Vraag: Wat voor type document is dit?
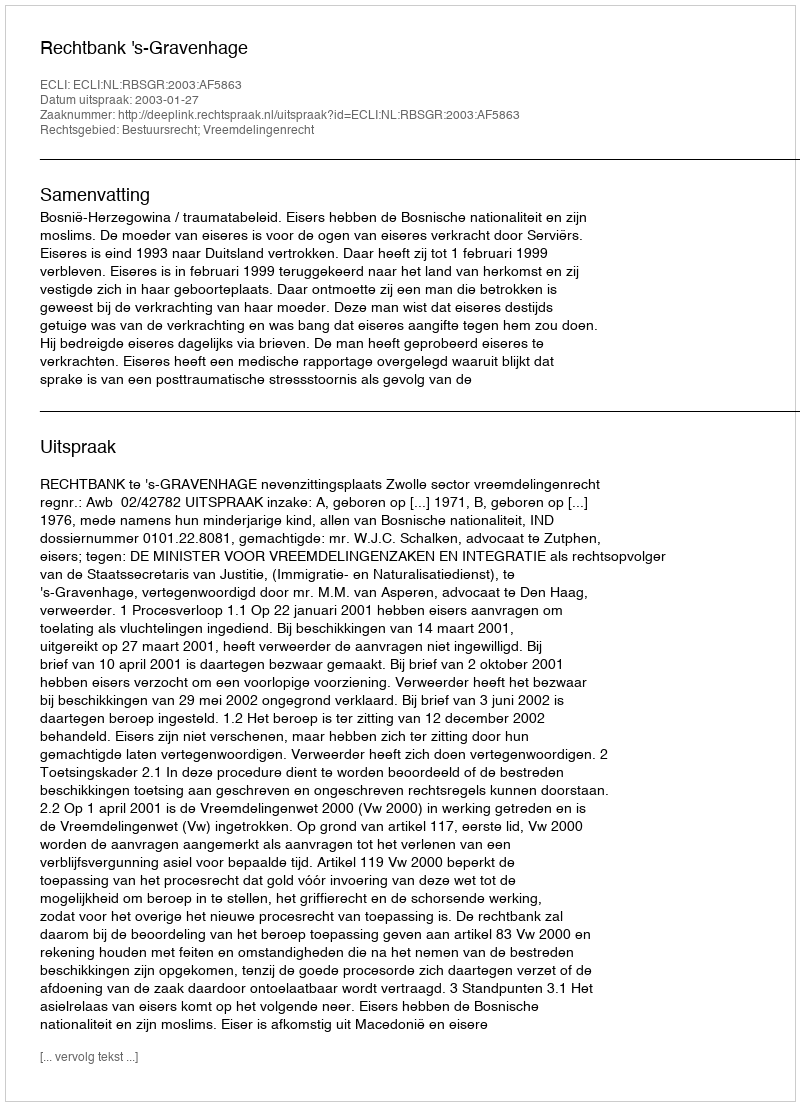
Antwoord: Uitspraak